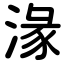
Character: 湪